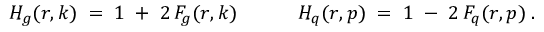
H _ { g } ( r , k ) \; = \; 1 \; + \; 2 \, F _ { g } ( r , k ) \; \; \; \; \; \; \; \; \; \; \; H _ { q } ( r , p ) \; = \; 1 \; - \; 2 \, F _ { q } ( r , p ) \; .